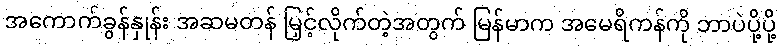
အကောက်ခွန်နှုန်း အဆမတန် မြှင့်လိုက်တဲ့အတွက် မြန်မာက အမေရိကန်ကို ဘာပဲပို့ပို့